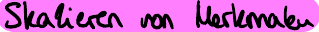
Skalieren von Merkmalen